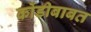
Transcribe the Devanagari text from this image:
कोंडीबाबत